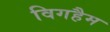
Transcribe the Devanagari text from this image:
विगहैम